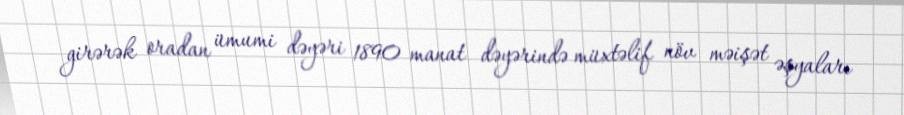
girərək oradan ümumi dəyəri 1890 manat dəyərində müxtəlif növ məişət əşyaları